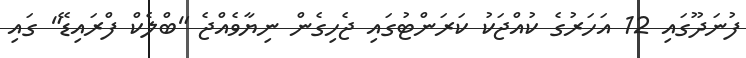
ފުނަދޫގައި 12 އަހަރުގެ ކުއްޖަކު ކަރަންޓުގައި ޖެހިގެން ނިޔާވެއްޖެ "ބްލެކް ފްރައިޑޭ" ގައި